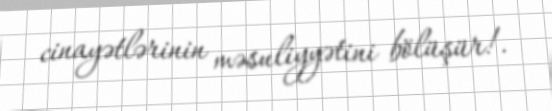
cinayətlərinin məsuliyyətini bölüşür!.